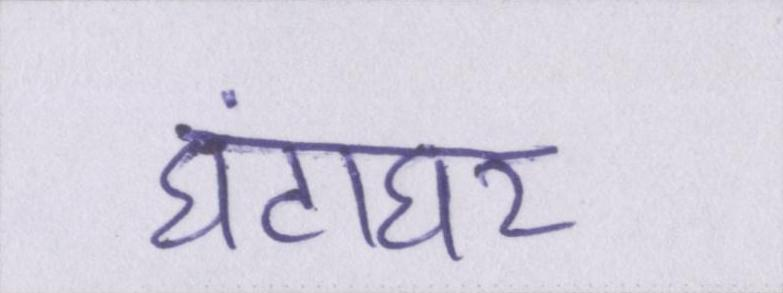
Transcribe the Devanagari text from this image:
घंटाघर